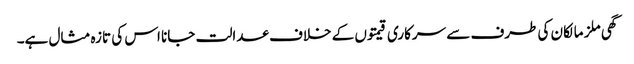
گھی ملز مالکان کی طرف سے سرکاری قیمتوں کے خلاف عدالت جانا اس کی تازہ مثال ہے۔